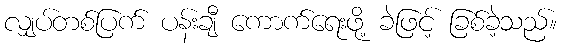
လျှပ်တစ်ပြက် ပန်းချီ ကောက်ရေးဖို့ ခဲဖြင့် ခြစ်ခဲ့သည်။